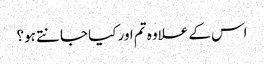
اس کے علاوہ تم اور کیا جانتے ہو؟